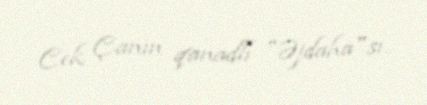
Cek Çanın qanadlı "Əjdaha"sı..